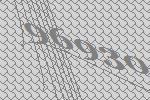
96930